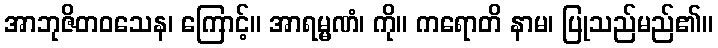
အာဘုဇိတဝသေန၊ ကြောင့်။ အာရမ္မဏံ၊ ကို။ ကရောတိ နာမ၊ ပြုသည်မည်၏။